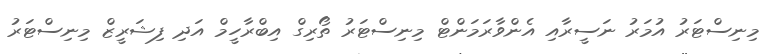
މިނިސްޓަރު އުމަރު ނަސީރާއި އެންވާރަމަންޓް މިނިސްޓަރު ތޯރިގް އިބްރާހީމް އަދި ފިޝަރީޒް މިނިސްޓަރު